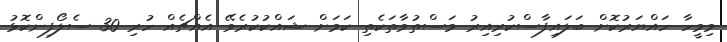
މިމީހާ ހައްޔަރުކޮށް ބަލައިފާސްކުރިއިރު މަސްތުވާތަކެތި ކަމަށް ޝައްކުކުރެވޭ އެއްޗެއް ހުރި 30 ސެލޯފިންކޮޅު